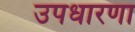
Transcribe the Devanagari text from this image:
उपधारणा